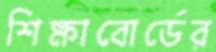
শিক্ষাবোর্ডের